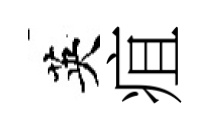
英疽